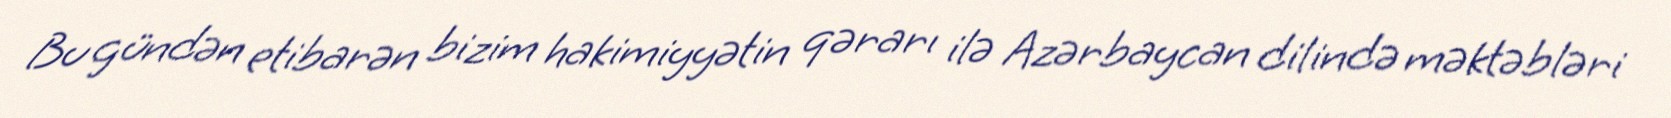
Bu gündən etibarən bizim hakimiyyətin qərarı ilə Azərbaycan dilində məktəbləri